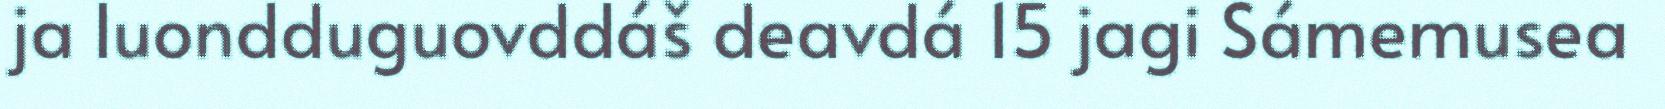
ja luondduguovddáš deavdá 15 jagi Sámemusea